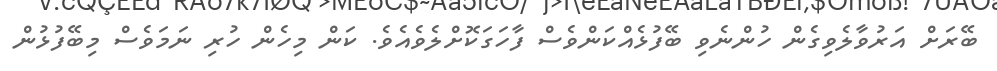
ބޭރަށް އަރުވާލެވިގެން ހުންނެވި ބޭފުޅެއްކަންވެސް ފާހަގަކޮށްލެވެއެވެ. ކަން މިހެން ހުރި ނަމަވެސް މިބޭފުޅުން